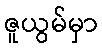
ဇူယွမ်မှာ